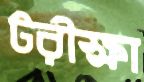
টরীক্ষা